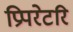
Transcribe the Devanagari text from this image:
प्रिपरेटरि